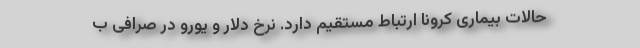
حالات بیماری کرونا ارتباط مستقیم دارد. نرخ دلار و یورو در صرافی ب